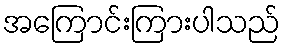
အကြောင်းကြားပါသည်